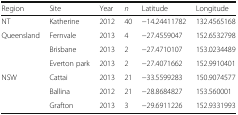
| Region | Site | Year | n | Latitude | Longitude |
 | --- | --- | --- | --- | --- | --- |
 | NT | Katherine | 2012 | 40 | −14.24411782 | 132.4565168 |
 | Queensland | Fernvale | 2013 | 4 | −27.4559047 | 152.6532798 |
 |  | Brisbane | 2013 | 2 | −27.4710107 | 153.0234489 |
 |  | Everton park | 2013 | 2 | −27.4071662 | 152.9910401 |
 | NSW | Cattai | 2013 | 21 | −33.5599283 | 150.9074577 |
 |  | Ballina | 2012 | 21 | −28.8684827 | 153.560001 |
 |  | Grafton | 2013 | 3 | −29.6911226 | 152.9331993 |